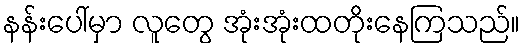
နန်းပေါ်မှာ လူတွေ အုံးအုံးထတိုးနေကြသည်။